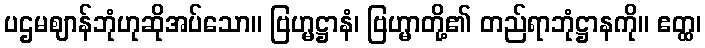
ပဌမဈာန်ဘုံဟုဆိုအပ်သော။ ဗြဟ္မဋ္ဌာနံ၊ ဗြဟ္မာတို့၏ တည်ရာဘုံဋ္ဌာနကို။ ဧတ္ထ၊